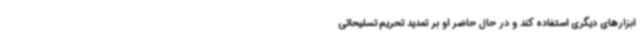
ابزارهای دیگری استفاده کند و در حال حاضر او بر تمدید تحریم تسلیحاتی